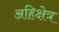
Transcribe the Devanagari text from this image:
अहिक्षेत्र